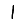
Digit: 1